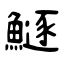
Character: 鱁